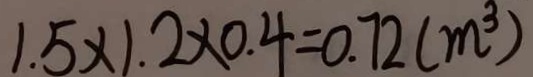
1 . 5 \times 1 . 2 \times 0 . 4 = 0 . 7 2 ( m ^ { 3 } )